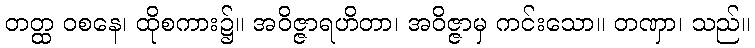
တတ္ထ ဝစနေ၊ ထိုစကား၌။ အဝိဇ္ဇာရဟိတာ၊ အဝိဇ္ဇာမှ ကင်းသော။ တဏှာ၊ သည်။